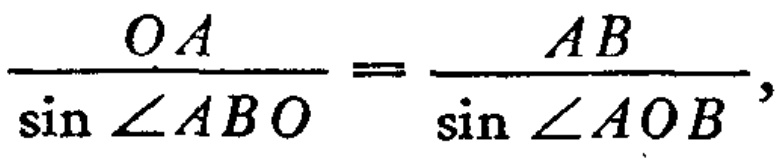
\frac{OA}{\sin\angle ABO}=\frac{AB}{\sin\angle AOB},